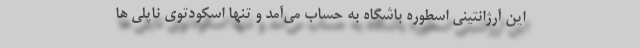
این آرژانتینی اسطوره باشگاه به حساب می‌آمد و تنها اسکودتوی ناپلی ها